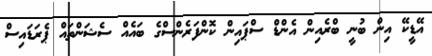
އޭޑީކޭ އިން ބުނީ ބްރެއިން އެންޑް ސްޕައިން ކޮންފަރެންސްގެ ބައެއް ސެޝަންތައް ޕެރަޑައިސް